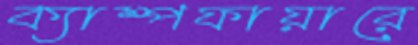
ক্যাম্পফায়ারে